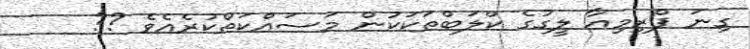
ގިނަ ޕްރިމިއާ ލީގުގެ ކްލަބްތަކަކުން މަސައްކަތްކުރެއެވެ ??